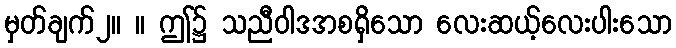
မှတ်ချက်၂။ ။ ဤ၌ သညီဝါဒအစရှိသော လေးဆယ့်လေးပါးသော